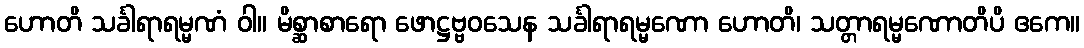
ဟောတိ သင်္ခါရာရမ္မဏံ ဝါ။ မိစ္ဆာစာရော ဖောဋ္ဌဗ္ဗဝသေန သင်္ခါရာရမ္မဏော ဟောတိ၊ သတ္တာရမ္မဏောတိပိ ဧကေ။